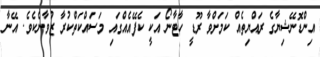
އިންޑޮނޭޝިޔާގެ ރައްޔިތެއް ކަމަށްވާ ރޫޑީ ހާޓާނޯ އަކީ ކެފޭއެއްގައި މަސައްކަތްކުރާ ޒުވާނެކެވެ. އޭނާ